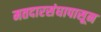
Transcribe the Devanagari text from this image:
मतदारसंघापासून